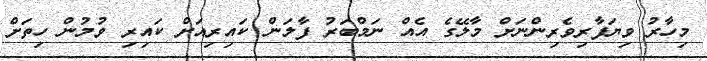
މިހާރު ވިޔަފާރިވެރިންނަށް މާލޭގެ އެއް ނަމްބަރު ފާލަން ކައިިރިއަށް ކައިރި ވުމުން ހިތަށް